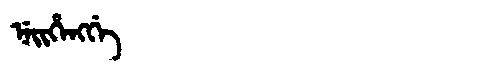
Manchu: ᠨᡝᡳᡥᡝᠩᡤᡝ
Romanization: NEIHENGGE